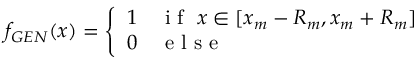
f _ { G E N } ( x ) = \left\{ \begin{array} { l l } { 1 } & { \mathrm { ~ i ~ f ~ } \; x \in [ x _ { m } - R _ { m } , x _ { m } + R _ { m } ] } \\ { 0 } & { \mathrm { ~ e ~ l ~ s ~ e ~ } } \end{array} \right.